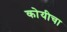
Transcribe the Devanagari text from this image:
कोयीचा